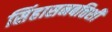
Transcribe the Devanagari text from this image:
सिंहासनबत्तिशी